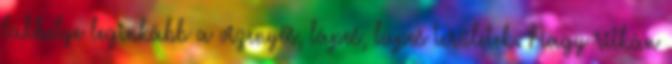
lakhelye leginkább a vizenyős, lápos, lapos területek. Nagy ritkán